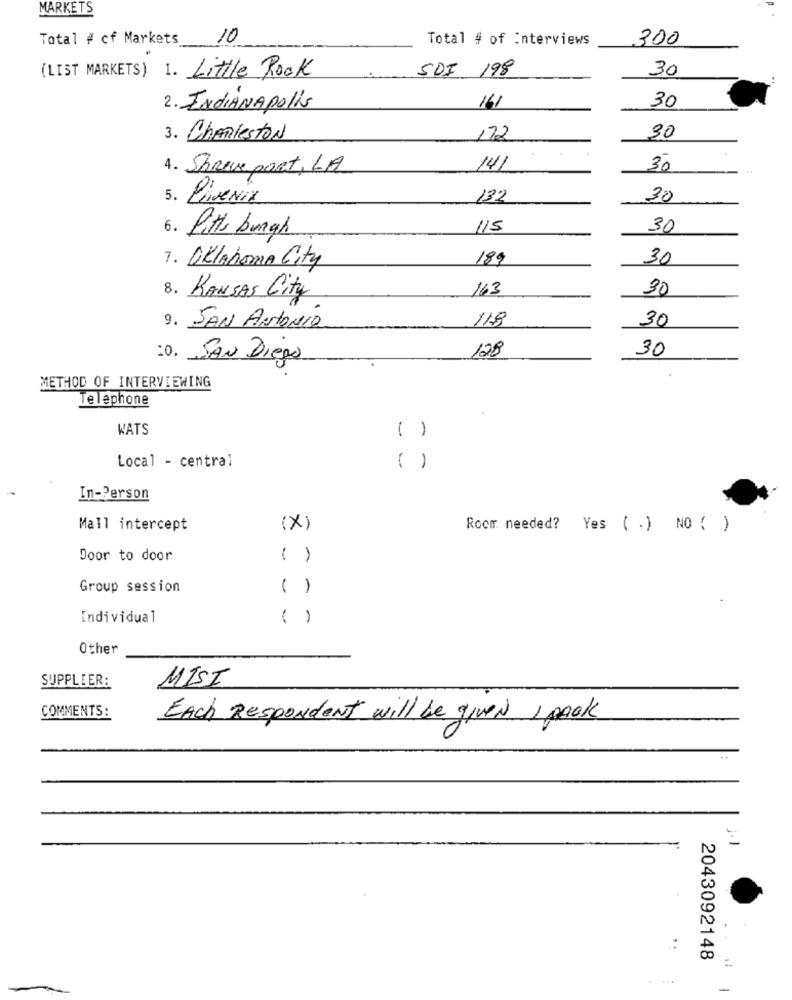
MARKETS
Total # cf Markets
10
Total # of Interviews
300
(LIST MARKETS) 1. Little Rock
SDI 198
30
2. INDIANApolis
161
30
3. Charleston
172
30
4. ShReve port, LA
14/
30
5. LiveNix
132
30
6. Pittsburgh
115
30
189
30
7. Oklahoma City
163
30
8. KANSAS City
118
30
9. SAN ANTONIO
128
30
:0. SAN Diego
METHOD OF INTERVIEWING
Telephone
WATS
( )
Local - central
( )
In-Person
Mall intercept
(x)
Room needed? Yes ( .) NO ( )
Door to door
( )
Group session
( )
Individual
( )
Other
SUPPLIER:
MISI
COMMENTS:
Each Respondent will be given s pook
2043092148
-